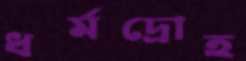
ধর্মদ্রোহ